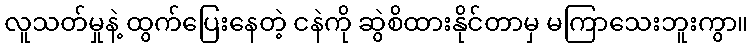
လူသတ်မှုနဲ့ ထွက်ပြေးနေတဲ့ ငနဲကို ဆွဲစိထားနိုင်တာမှ မကြာသေးဘူးကွာ။